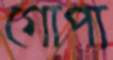
গোপ্য